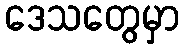
ဒေသတွေမှာ